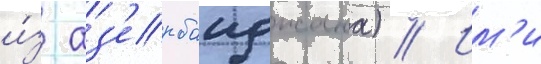
и́з аз'ербаиджана) // Им'и